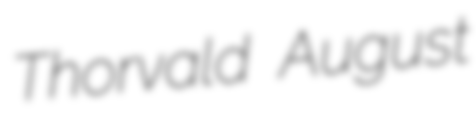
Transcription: Thorvald August